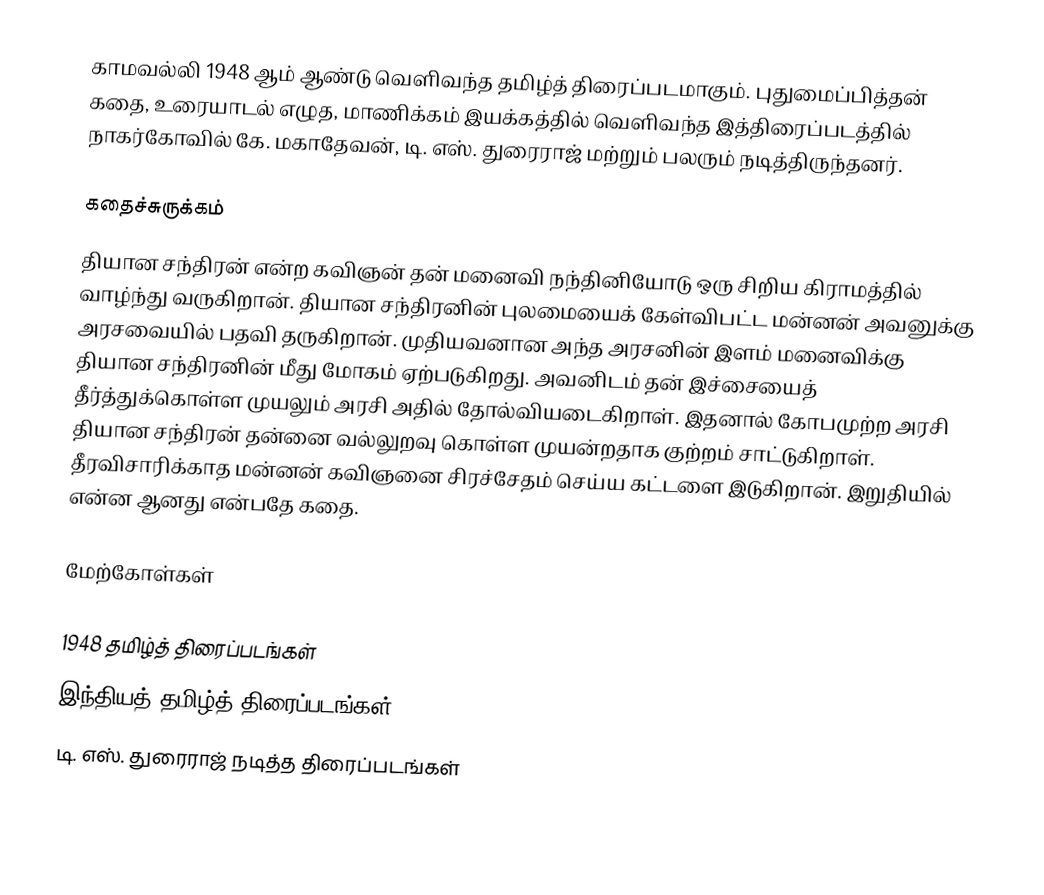
காமவல்லி 1948 ஆம் ஆண்டு வெளிவந்த தமிழ்த் திரைப்படமாகும். புதுமைப்பித்தன் கதை, உரையாடல் எழுத, மாணிக்கம் இயக்கத்தில் வெளிவந்த இத்திரைப்படத்தில் நாகர்கோவில் கே. மகாதேவன், டி. எஸ். துரைராஜ் மற்றும் பலரும் நடித்திருந்தனர்.

கதைச்சுருக்கம்
தியான சந்திரன் என்ற கவிஞன் தன் மனைவி நந்தினியோடு ஒரு சிறிய கிராமத்தில் வாழ்ந்து வருகிறான். தியான சந்திரனின் புலமையைக் கேள்விபட்ட மன்னன் அவனுக்கு அரசவையில் பதவி தருகிறான். முதியவனான அந்த அரசனின் இளம் மனைவிக்கு தியான சந்திரனின் மீது மோகம் ஏற்படுகிறது. அவனிடம் தன் இச்சையைத் தீர்த்துக்கொள்ள முயலும் அரசி அதில் தோல்வியடைகிறாள். இதனால் கோபமுற்ற அரசி தியான சந்திரன் தன்னை வல்லுறவு கொள்ள முயன்றதாக குற்றம் சாட்டுகிறாள். தீரவிசாரிக்காத மன்னன் கவிஞனை சிரச்சேதம் செய்ய கட்டளை இடுகிறான்.  இறுதியில் என்ன ஆனது என்பதே கதை.

மேற்கோள்கள்

1948 தமிழ்த் திரைப்படங்கள்
இந்தியத் தமிழ்த் திரைப்படங்கள்
டி. எஸ். துரைராஜ் நடித்த திரைப்படங்கள்